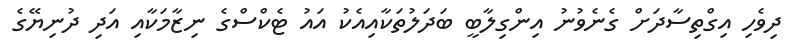
ދިވެހި އިގްތިސާދަށް ގެނެވުނު އިންގިލާބީ ބަދަލުތަކާއިއެކު އައު ޓެކްސްގެ ނިޒާމަކާއި އަދި ދުނިޔޭގެ